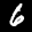
Label: 6